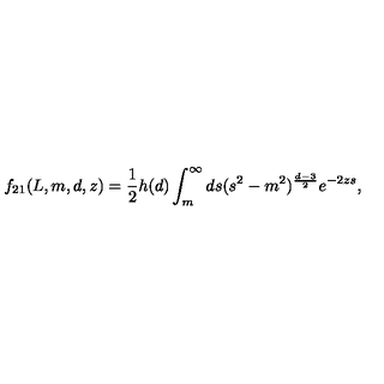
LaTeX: f _ { 2 1 } ( L , m , d , z ) = \frac { 1 } { 2 } h ( d ) \int _ { m } ^ { \infty } d s ( s ^ { 2 } - m ^ { 2 } ) ^ { \frac { d - 3 } { 2 } } e ^ { - 2 z s } , \qquad